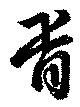
胥